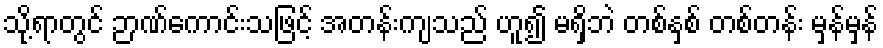
သို့ရာတွင် ဉာဏ်ကောင်းသဖြင့် အတန်းကျသည် ဟူ၍ မရှိဘဲ တစ်နှစ် တစ်တန်း မှန်မှန်